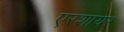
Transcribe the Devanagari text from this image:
एरशायर